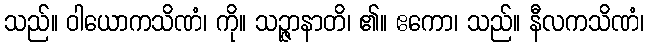
သည်။ ဝါယောကသိဏံ၊ ကို။ သဉ္ဇာနာတိ၊ ၏။ ဧကော၊ သည်။ နီလကသိဏံ၊